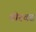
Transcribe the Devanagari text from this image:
मोरवड